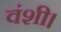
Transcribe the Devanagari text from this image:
वंशी।